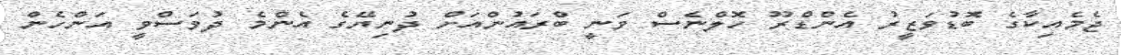
ޖެމެއިކާގެ ބޮޑުވަޒީރު އެންޑްރޫ ހޮލްނެސް ވަނީ ބްރައުންއަށް ދުނިޔޭގެ އެންމެ ދުވަސްވީ އަންހެން